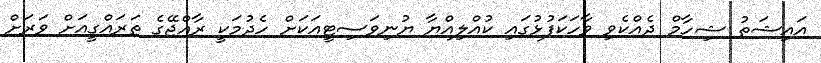
އައިޝަތު ޝިހާމް ދެއްކެވި ވާހަކަފުޅުގައި ކުއްލިއްޔާ ޔުނިވަސިޓީއަކަށް ހެދުމަކީ ރާއްޖޭގެ ތަރައްގީއަށް ވަރަށް